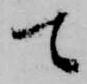
て